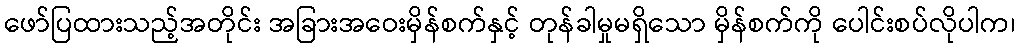
ဖော်ပြထားသည့်အတိုင်း အခြားအဝေးမှိန်စက်နှင့် တုန်ခါမှုမရှိသော မှိန်စက်ကို ပေါင်းစပ်လိုပါက၊